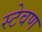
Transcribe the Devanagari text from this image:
स्टेवण